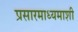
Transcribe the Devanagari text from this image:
प्रसारमाध्यमाशी